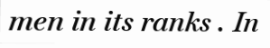
men in its ranks . In